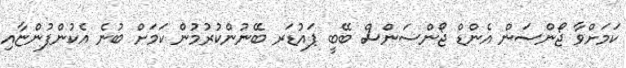
ކަމަށްވާ ޖޯންސަން އެންޑް ޖޯންސަންސް ބޭބީ ޕައުޑަރ ބޭނުންކުރުމުން ކަމަށް ބުނެ އެކުންފުންޏާއި